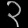
Digit: ၃